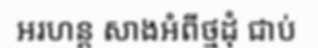
អរហន្ត សាងអំពីថ្មដុំ ជាប់